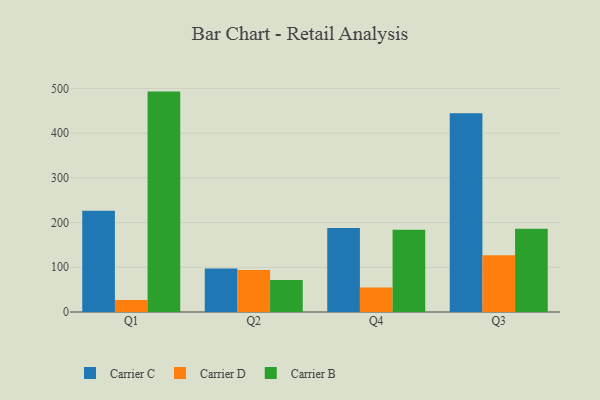
{"axis": {"x": "Quarter", "y": "Budget (USD K)"}, "legend": ["Carrier B", "Carrier C", "Carrier D"], "data": [{"x": "Q1", "y": 226.3, "type": "Carrier C"}, {"x": "Q1", "y": 26.8, "type": "Carrier D"}, {"x": "Q1", "y": 493.0, "type": "Carrier B"}, {"x": "Q2", "y": 97.4, "type": "Carrier C"}, {"x": "Q2", "y": 94.0, "type": "Carrier D"}, {"x": "Q2", "y": 71.5, "type": "Carrier B"}, {"x": "Q4", "y": 187.7, "type": "Carrier C"}, {"x": "Q4", "y": 55.0, "type": "Carrier D"}, {"x": "Q4", "y": 184.1, "type": "Carrier B"}, {"x": "Q3", "y": 444.7, "type": "Carrier C"}, {"x": "Q3", "y": 127.1, "type": "Carrier D"}, {"x": "Q3", "y": 186.3, "type": "Carrier B"}]}